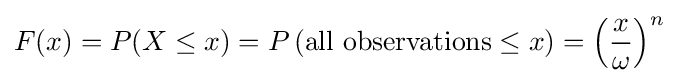
F(x)=P(X\leq x)=P\left({\text{all observations}}\leq x\right)=\left({\frac {x}{\omega }}\right)^{n}